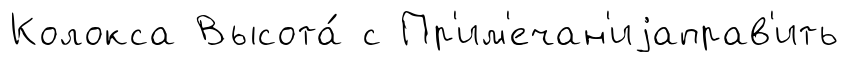
Колокса Высота́ с Пр'им'ечан'иjаправ'ить